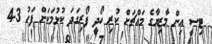
ޓިސީ އިން މާޒިޔާގެ މައްޗަށް ކުރި ހޯދީ ފޯރިގަދަ ކުޅުމަކަށް ފަހު 3-4